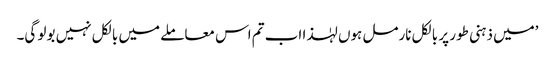
’میں ذہنی طور پر بالکل نارمل ہوں لہٰذا اب تم اس معاملے میں بالکل نہیں بولو گی۔